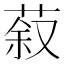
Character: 𮏽